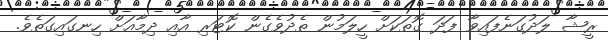
ރީޝާ ލަދުގަނެފައިވާ ފަދަ ގޮތަކަށް ހީލަމުން ތެދުވެގެން ކޮޓަރި އާއި ދިމާއަށް ހިނގައިގަތެވެ.